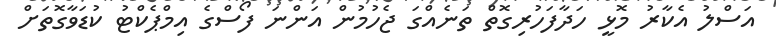
އަސްލު އެކާރު މޮޅީ ހަދާފަހުރިގޮތް ތަނެއްގަ ޖެހުމުން އަންނަ ފޯސްގެ އިމްޕެކްޓު ކުޑަވާގޮތަށް